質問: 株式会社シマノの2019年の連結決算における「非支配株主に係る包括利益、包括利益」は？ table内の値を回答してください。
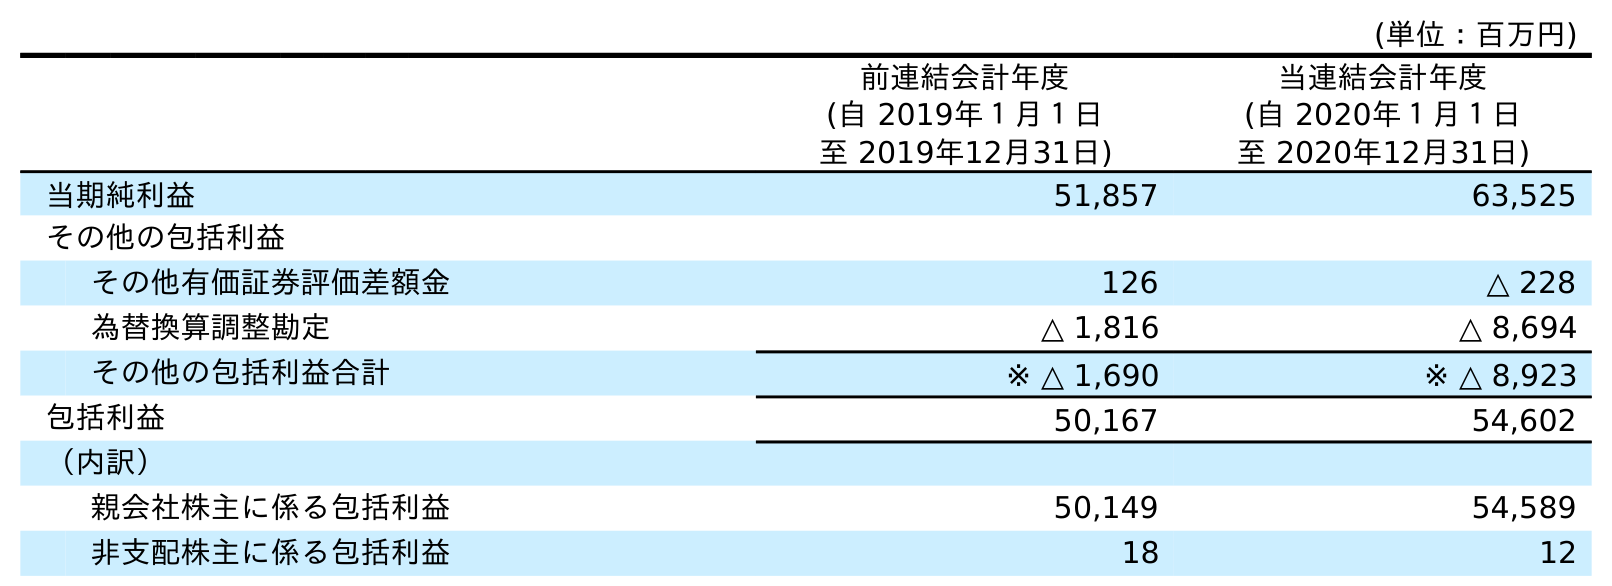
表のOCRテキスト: (単位：百万円) 前連結会計年度 (自 2019年１月１日 至 2019年12月31日) 当連結会計年度 (自 2020年１月１日 至 2020年12月31日) 当期純利益 51,857 63,525 その他の包括利益 その他有価証券評価差額金 126 △ 228 為替換算調整勘定 △ 1,816 △ 8,694 その他の包括利益合計 ※ △ 1,690 ※ △ 8,923 包括利益 50,167 54,602 （内訳） 親会社株主に係る包括利益 50,149 54,589 非支配株主に係る包括利益 18 12
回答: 18